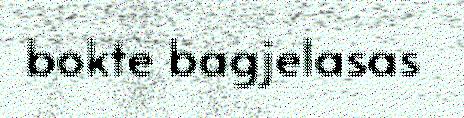
bokte bagjelasas